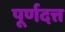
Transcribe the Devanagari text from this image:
पूर्णदत्त